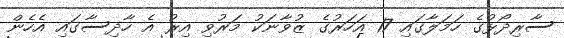
ސާރިދޯޅުގެ ހަމަލާގައި 17 އަހަރުގެ ޒުވާނަކު މަރުވި އިރު އެ ހާދިސާގައި އެހެން